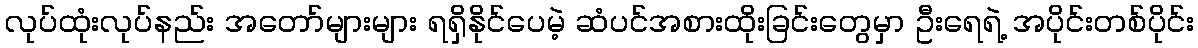
လုပ်ထုံးလုပ်နည်း အတော်များများ ရရှိနိုင်ပေမဲ့ ဆံပင်အစားထိုးခြင်းတွေမှာ ဦးရေရဲ့ အပိုင်းတစ်ပိုင်း